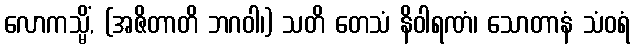
လောကသ္မိံ, (အဇိတာတိ ဘဂဝါ၊) သတိ တေသံ နိဝါရဏံ၊ သောတာနံ သံဝရံ